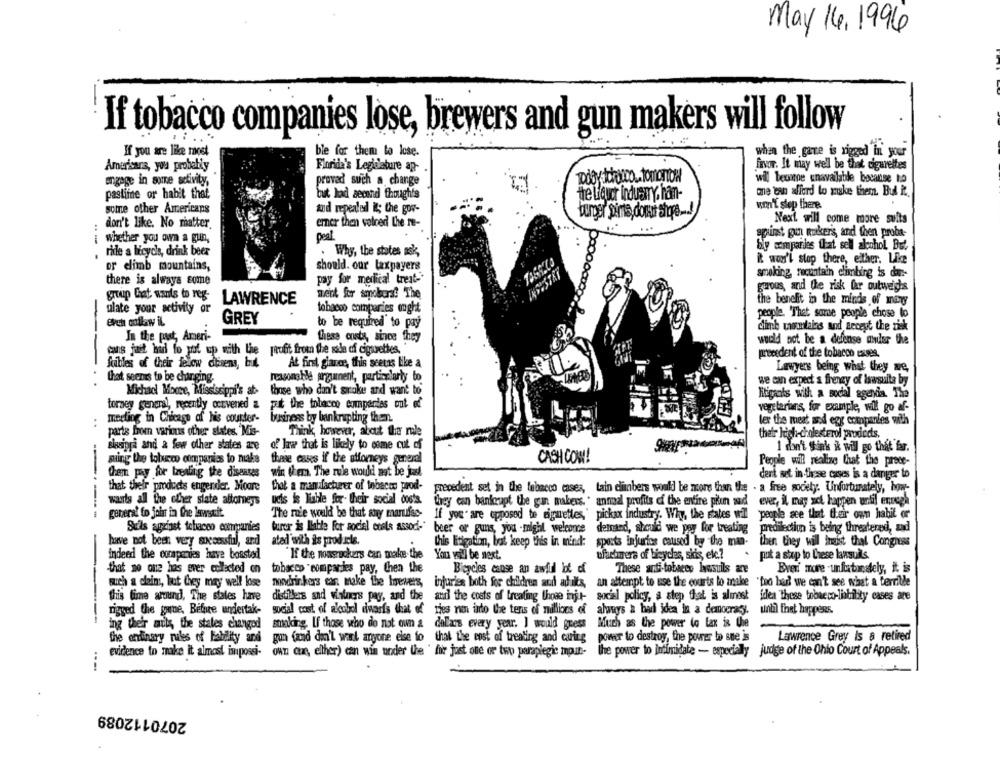
May 14,1996
If tobacco companies lose, brewers and gun makers will follow
If you are like most
ble for them to lose.
when the gante is rigged in your
Americana, you probably
Florida's Legislature ap-
favor. It may well be that cigarettes
engage in surre activity,
provad such a change
DiBy crocco. tomaTON
wil beone unavailable bocanse ho
pastime or habit that
but had second though's
the Liquor industry. han-
me can afford to make them. Bul it.
won't stop there.
some other Americans
tod repeated it; the gov-
Next will come more suits
don't like. No matter.
emner then votred the re-
apunt gun toker's, and then probe-
whether you own a gun,
--
peal
. Why, the states ask,
Sly companies that sell alcohol. Bu.
ride a bicycle, drink beer
or climb mountains,
should. our taxpayers
it won't stop there, either, Lice
smoking, recontain climbing is da :-
there is always some
pay for medical treat-
gerous, and the risk far outweighs
group Gat wants to reg-
meint for smoberst The
LAWRENCE
the benefit in the minds of many
ulate your activity or
tobacco companies ought
evch coflaw il.
GREY
people. "That some people chose lo
to be required to pay
dimb tarmlains and Recept the zisk
In the past, Ameri-
these ensty, since they
would not be a defense minder the
-
cans jait had to put up with the profit from the sale of cigarettes. "
precedent of the tobacco casses.
fuibles of their felow citizens, but
At first glance, this seetas bike a
Lawyers being what they we,
that seenas to be changing.
reasonable argument, particularly to
we can expect a frenzy of lawsuita by
Michael Moore, Mississippi's at-
those who can't stroke and want to
Kuigants with a social agenda. The
torney general, recently convened a put the tobacco companies out of
vegetarians, for example, will go af-
meeting in Chicago of His counter-
business by bankrupting them.
ler the meat and egg companies with
:
parts from various other states. Mis-
Think, however, about the role
their high-cholesterol products.
sissigra and a few other states are
of law that is likely to come cut off
I don't think it will go that for.
CASH COW!
maing the tobacco companies to make
these cases if the attorneys general
People will realize that the prece-
them pay for treating the diseases
win (hem. The rule would not be just
derk set in these cases is a danger to
that their products engender. Moore
that a manufacturer of tobacco prod-
precedent set in the tobacco cases, tain climbers would be more than the - a free society. Unfortunately, bony-
warts all the other siate attorneys
ucis is liable for their social dos's.
they can bankrupt the gun makers. " annal profits of the entire pin aud
ever, il, may ack happen until ennegh
------
general to johar in the lawsuit.
The role would be that any marufse-
If you " are opposed te diguettes,' pickax industry. Why, the states will
people see that their own habit or
Stils against tobacco companies
buror is Ilable for social costs associ-" beer or guns, you -might welcome demand, should we pay for treating predilection is being threatened, and
have not been very successful, and
ated with is prod cle.
this litigation, but keep this in mind: sports injuries caused by the man-
then they will insist that Congress
-
indeed the companies have bossted
"If the nousrockers can make- the
You woul be next.
ufacturera of bicycles, skis, etc .?
put a stup to Liese lansuils.
that no one has ever collected on
tobacco companies pay, then the
Bicycles cause an awful lot of
These anti-tobacco bosuils are
Brei more -unfotoately, i: is
such a claim, but they may well lose
nondrinkers can make the brewers,
injuries both for children and adults, an attempt to use the courts to make
"too bad! we can't see what a terrible
this time around, The states have
distillers and winners pay, and the and the costs of treating Unoa inje- social policy, a step fut is almost
idea these tobacco-liability cases are
rigged the gwine, Before undertak-
social cost of alcohol dwarfs that of thes ran into the tens of millions of always a had idea in a democracy.
until that happens.
ing their mils, the states changed
staking. If those who do not own a dollars every year. I would guess Much as the power to lax is the
the ordinary rules of Fability and
gon (and don't want anyone else to that the cost of treating and caring power to destroy, the power to sne is
Lawrence Grey Is a retired
evidence to make it almost impossi-
own Che, elher) can win under the ' für just one or two paraplegic input- the power to Intimidate - especially judge of the Ohio Court of Appeals.
2070112089